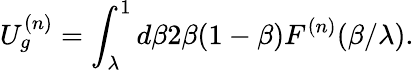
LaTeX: U_{g}^{(n)}=\int_{\lambda}^{1}d\beta 2\beta(1-\beta)F^{(n)}(\beta/\lambda).